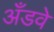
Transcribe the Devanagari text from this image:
अँडवे